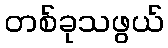
တစ်ခုသဖွယ်